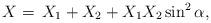
LaTeX: \begin{align*}X =\, X_1 + X_2 + X_1 X_2 \sin^2 \alpha,\end{align*}